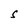
Character: S